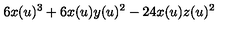
6 x ( u ) ^ { 3 } + 6 x ( u ) y ( u ) ^ { 2 } - 2 4 x ( u ) z ( u ) ^ { 2 }